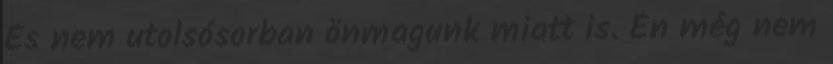
És nem utolsósorban önmagunk miatt is. Én még nem